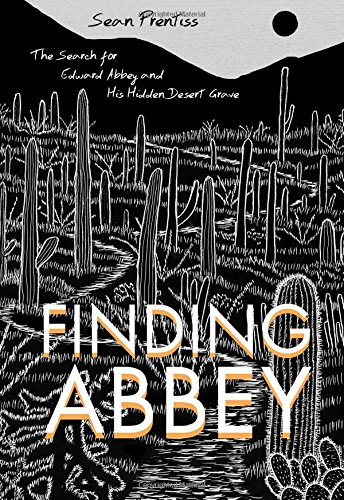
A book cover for Finding Abbey: The Search for Edward Abbey and His Hidden Desert Grave; Sean Prentiss; Science & Math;